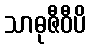
သာဓုဇီဝီပိ